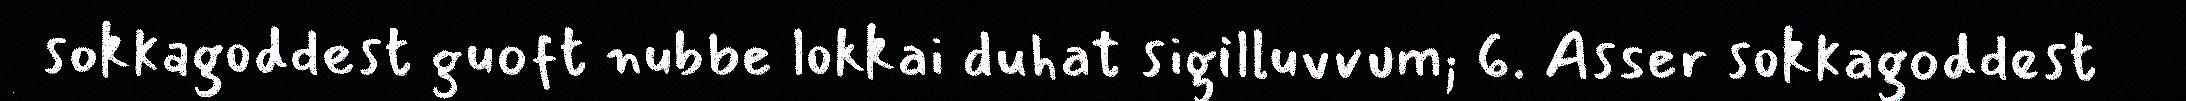
sokkagoddest guoft nubbe lokkai duhat sigilluvvum; 6. Asser sokkagoddest